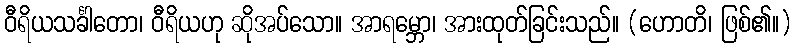
ဝီရိယသင်္ခါတော၊ ဝီရိယဟု ဆိုအပ်သော။ အာရမ္ဘော၊ အားထုတ်ခြင်းသည်။ (ဟောတိ၊ ဖြစ်၏။)